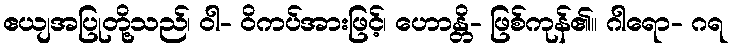
ဧယျအပြုတို့သည်၊ ဝါ- ဝိကပ်အားဖြင့်၊ ဟောန္တိ- ဖြစ်ကုန်၏။ ဂါရော- ဂရ